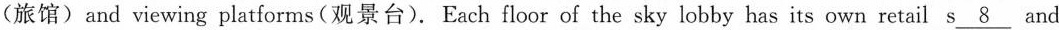
(旅馆)and viewing platforms(观景台). Each floor of the sky lobby has its own retail s\underline{8} and